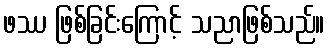
ဖဿ ဖြစ်ခြင်းကြောင့် သညာဖြစ်သည်။